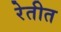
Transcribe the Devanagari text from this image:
रेतीत